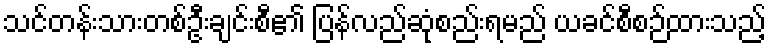
သင်တန်းသားတစ်ဦးချင်းစီ၏ ပြန်လည်ဆုံစည်းရမည် ယခင်စီစဉ်ထားသည့်